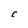
Character: C